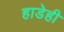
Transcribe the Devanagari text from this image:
हाडेही